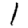
Digit: 1